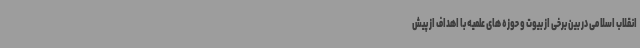
انقلاب اسلامی در بین برخی از بیوت و حوزه های علمیه با اهداف از پیش